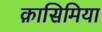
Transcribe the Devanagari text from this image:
क़ासिमिया